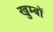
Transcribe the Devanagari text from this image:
खुम्बों